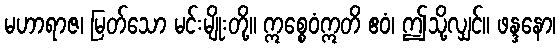
မဟာရာဇ၊ မြတ်သော မင်းမျိုးတို့။ ဣစ္စေဝံဣတိ ဧဝံ၊ ဤသို့လျှင်။ ဖန္ဒနော၊